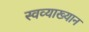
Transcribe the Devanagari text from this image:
स्वव्याख्यान